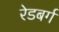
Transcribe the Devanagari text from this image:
रेडबर्ग